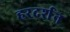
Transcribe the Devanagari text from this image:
हरदर्शन